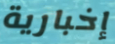
إخبارية